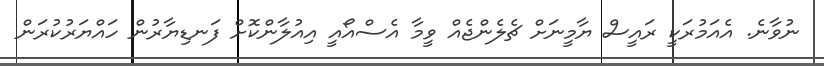
ނުވާނެ. އެއަމުރަކީ ރައީސް ޔާމީނަށް ޗެލެންޖެއް ވީމާ އެސްއޯއީ އިއުލާންކޮށް ފަނޑިޔާރުން ހައްޔަރުކުރަން